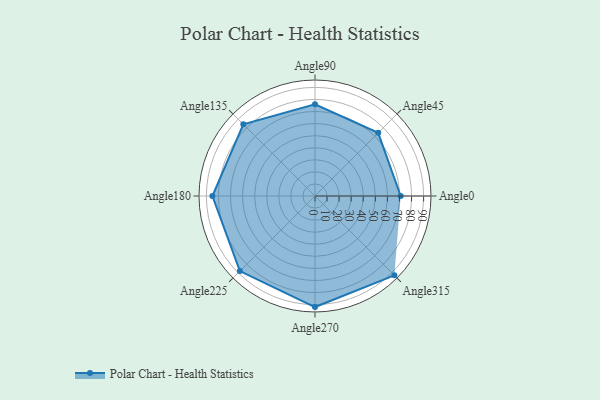
{"axis": {"x": "Angle", "y": "Radius"}, "legend": [""], "data": [{"x": "Angle0", "y": 71.0, "type": ""}, {"x": "Angle45", "y": 74.0, "type": ""}, {"x": "Angle90", "y": 76.0, "type": ""}, {"x": "Angle135", "y": 84.0, "type": ""}, {"x": "Angle180", "y": 85.0, "type": ""}, {"x": "Angle225", "y": 88.0, "type": ""}, {"x": "Angle270", "y": 92.0, "type": ""}, {"x": "Angle315", "y": 93.0, "type": ""}]}